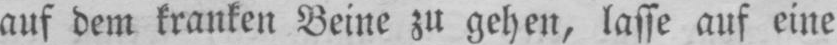
auf dem kranken Beine zu gehen, lasse auf eine